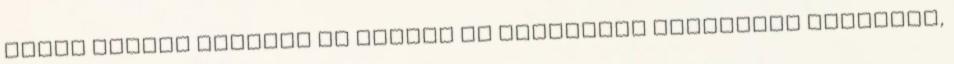
adnak örökbe Cicákat ad örökbe az Elveszett Állatokat Gyógyító,